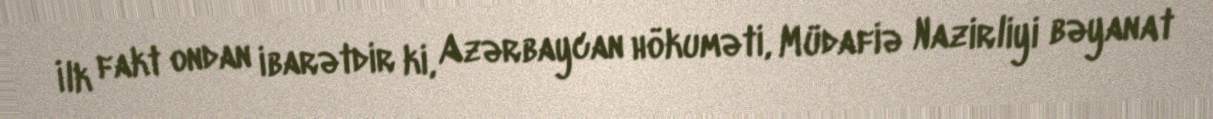
İlk fakt ondan ibarətdir ki, Azərbaycan hökuməti, Müdafiə Nazirliyi bəyanat